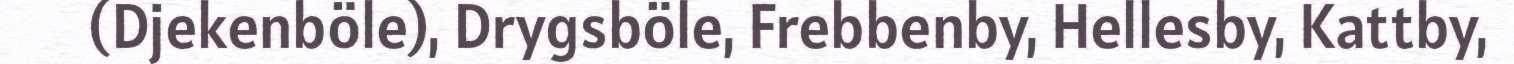
(Djekenböle), Drygsböle, Frebbenby, Hellesby, Kattby,